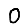
Digit: 0